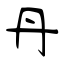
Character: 丹